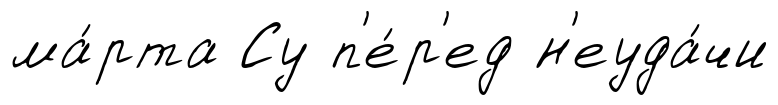
ма́рта Су п'е́р'ед н'еуда́чи